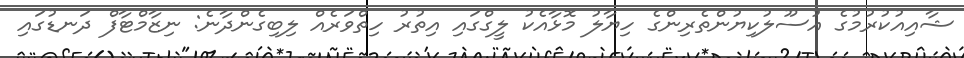
ޝާއިއުކުރުމުގެ އުސޫލުކިޔުންތެރިންގެ ހިޔާލު މޮޅާއެކު ލީގްގައި އިތުރު ހިތްވަރެއް ލިބިގެންދާނެ: ނިޒާމްޓާފް ދަނޑުގައި